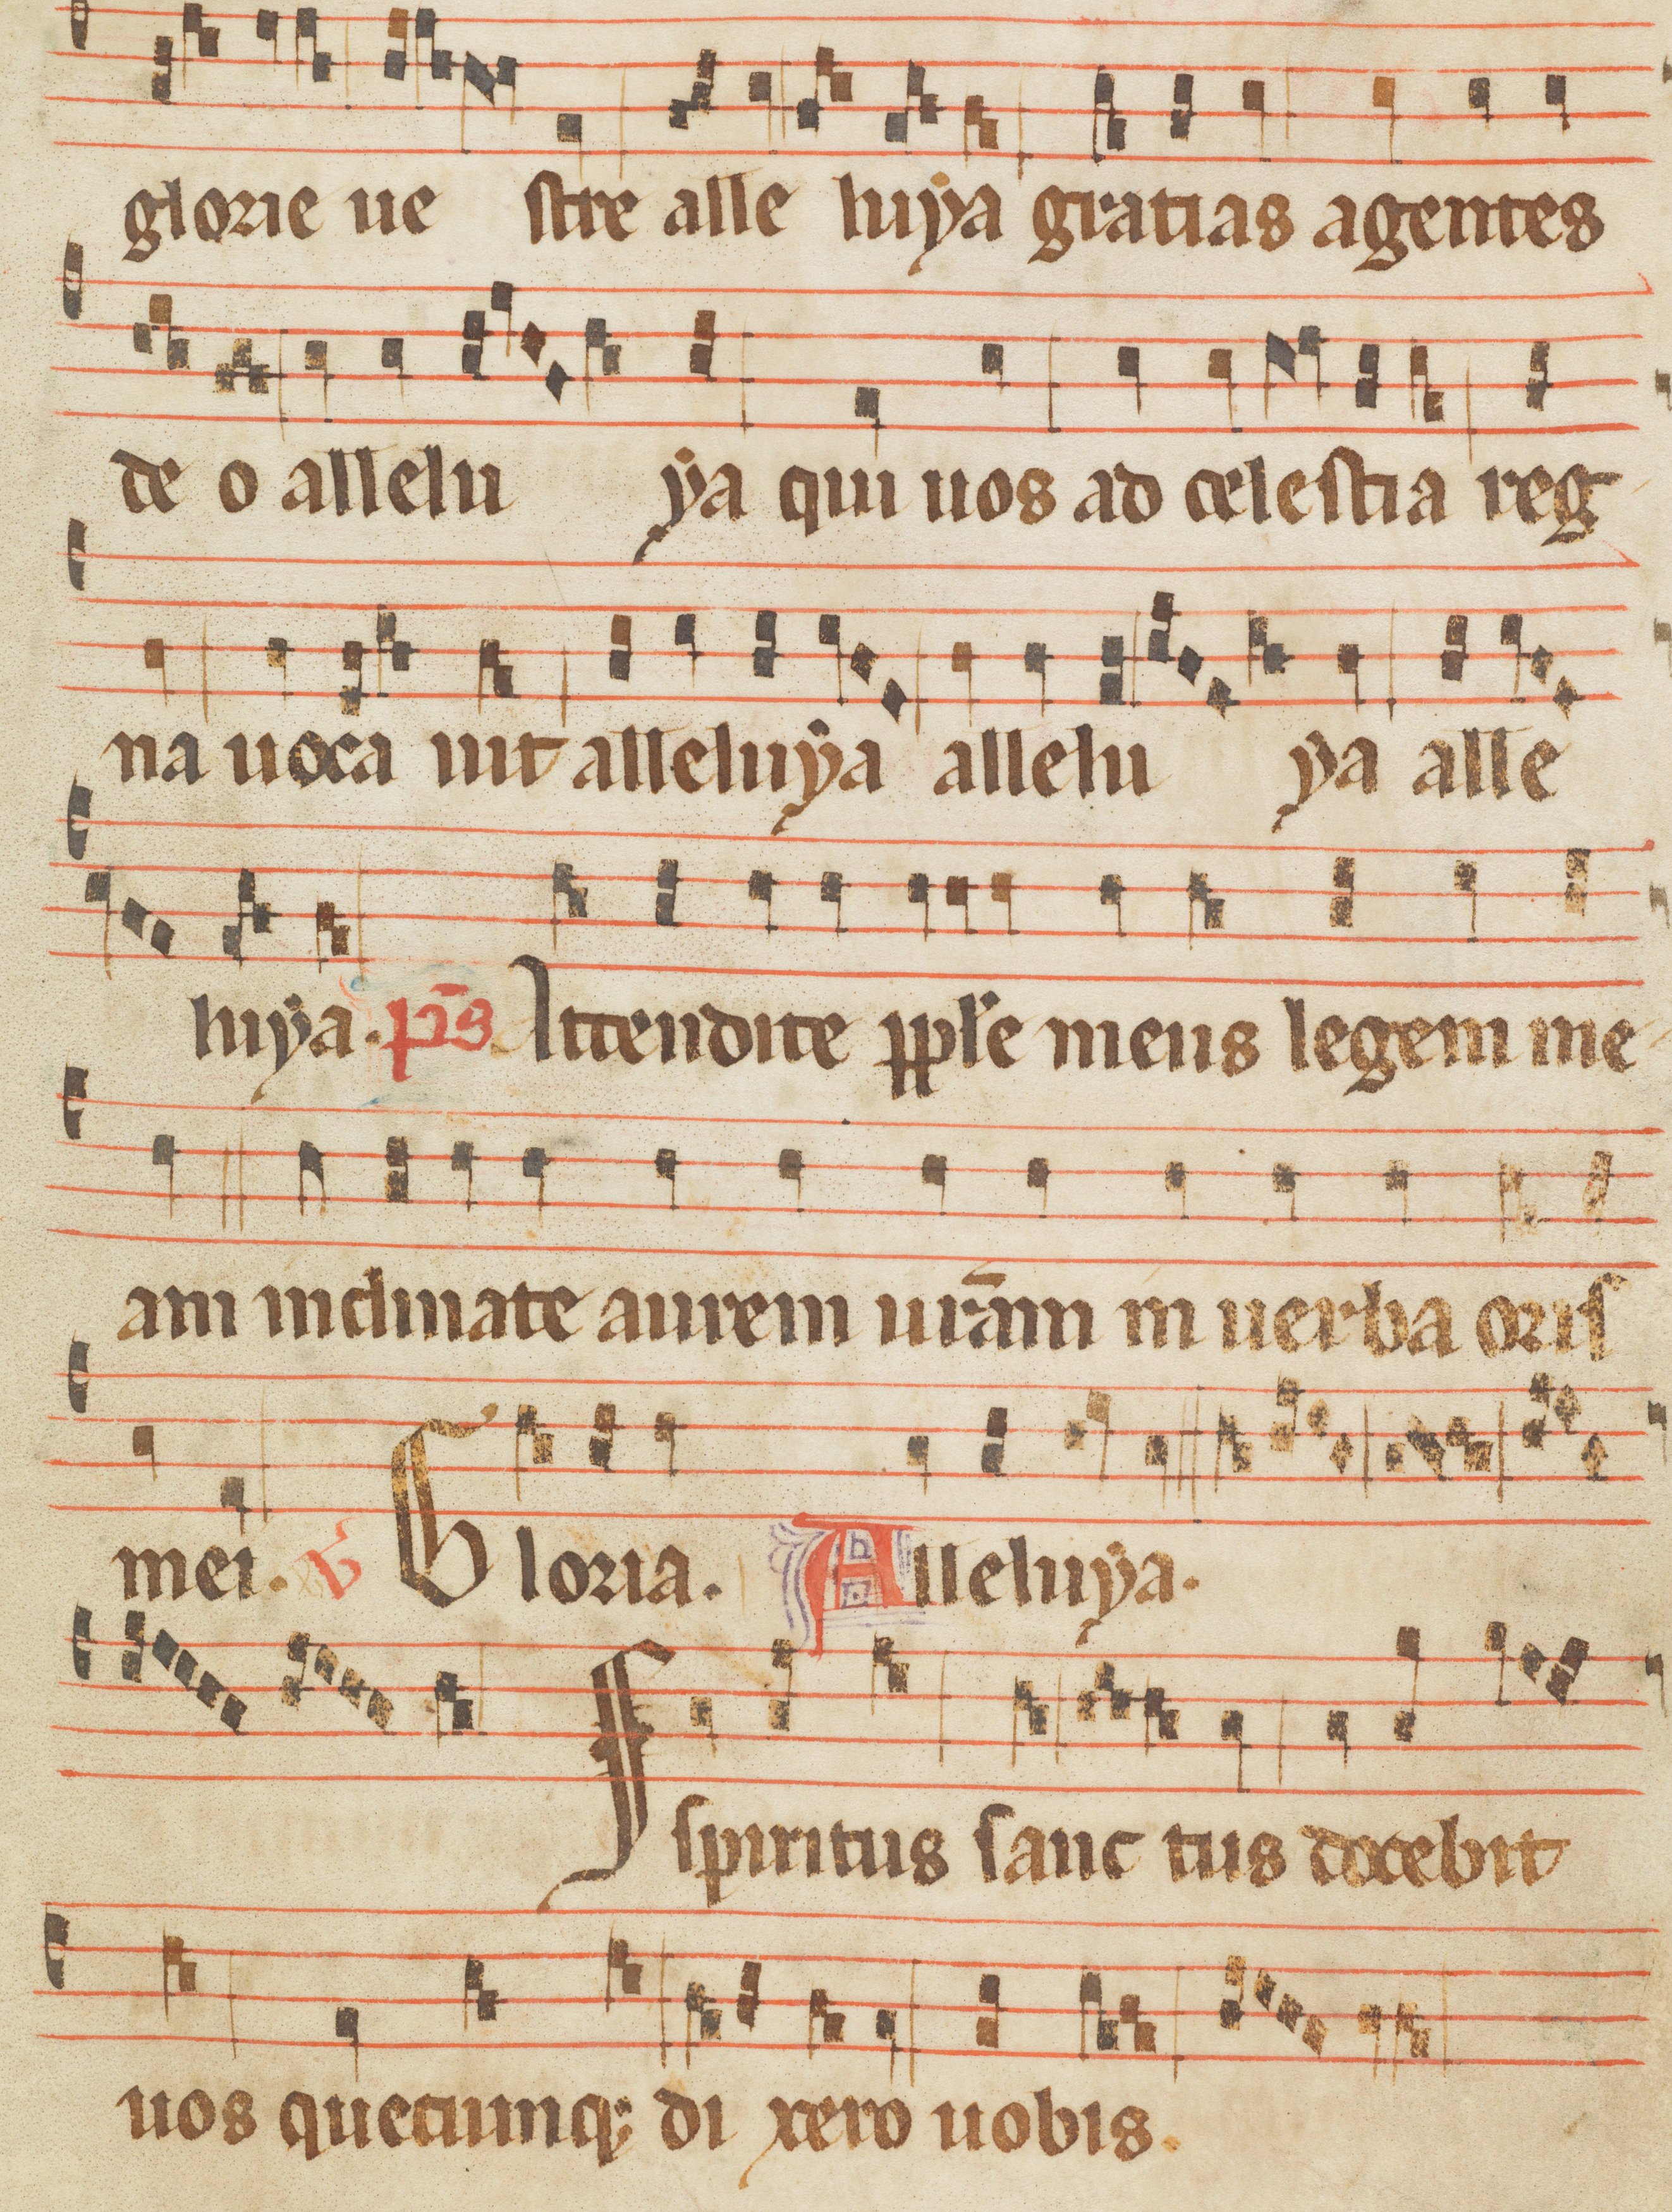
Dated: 1285–1315